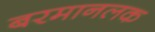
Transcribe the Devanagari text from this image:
बरमानलक